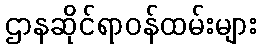
ဌာနဆိုင်ရာဝန်ထမ်းများ